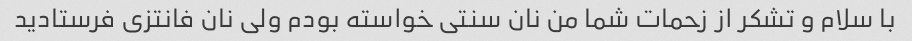
با سلام و تشکر از زحمات شما من نان سنتی خواسته بودم ولی نان فانتزی فرستادید